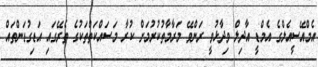
އެމްއޭސީއެލްގެ އެމްޑީ އާދިލް ވިދާޅުވީ ރަންވޭ މަރާމާތުކުރުމަށް ކުރާ މަސައްކަތްތަކުގެ ތެރޭގައި އަޑިގުޑަންތައް